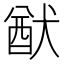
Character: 猷